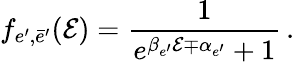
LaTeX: f_{e^{\prime},\bar{e}^{\prime}}({\cal E})=\frac{1}{e^{\beta_{e^{\prime}}{\cal E}\mp\alpha_{e^{\prime}}}+1}\, .